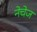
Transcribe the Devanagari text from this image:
नेचेज